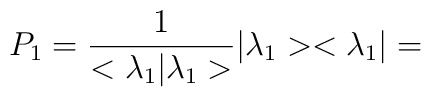
P_{1}= \frac{1}{<{\lambda}_{1} |{\lambda}_{1} >}|{\lambda}_{1}><{\lambda}_{1}|=